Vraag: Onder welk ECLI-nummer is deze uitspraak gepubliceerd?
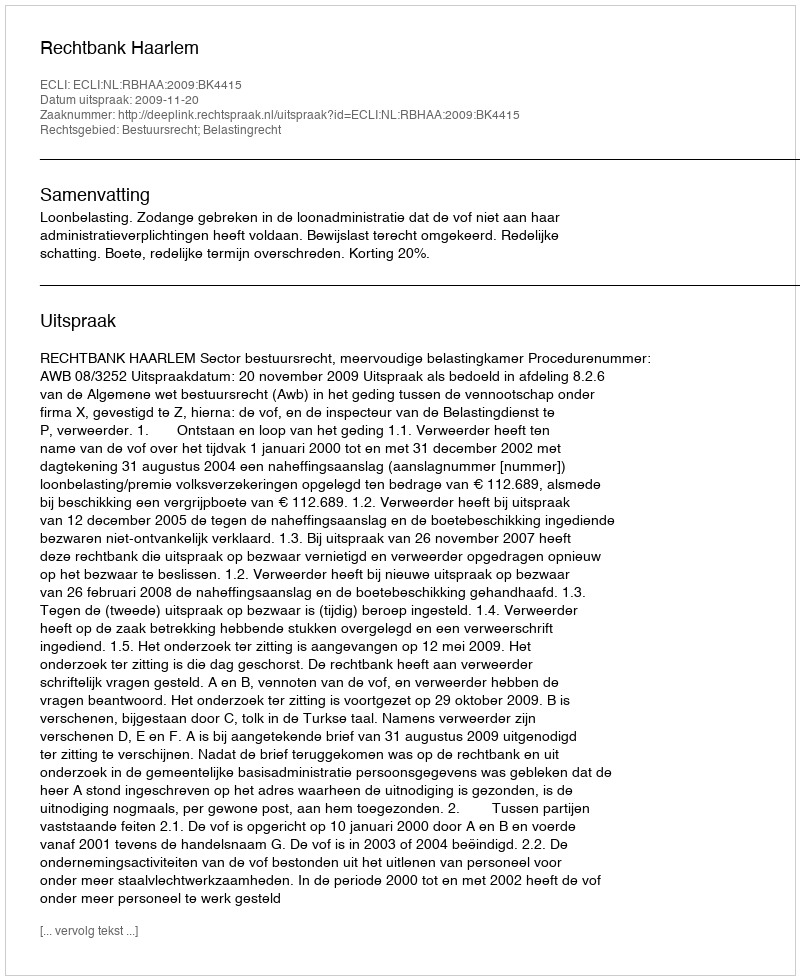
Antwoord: ECLI:NL:RBHAA:2009:BK4415